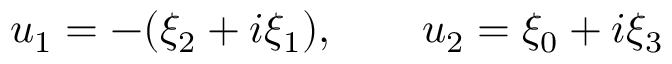
u _ { 1 } = - ( \xi _ { 2 } + i \xi _ { 1 } ) , ~ ~ ~ ~ ~ ~ u _ { 2 } = \xi _ { 0 } + i \xi _ { 3 }